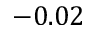
- 0 . 0 2